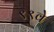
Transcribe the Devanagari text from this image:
९९वे